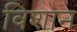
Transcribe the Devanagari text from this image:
विशान